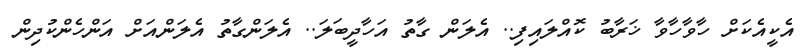
އެކީއެކަށް ހާވާހާވާ ޚަރާބު ކޮއްލައިފި.. އެލަން ގާތު އަހާދީބަލަ.. އެލަންގާތު އެލަންއަށް އަންހެންކުދިން